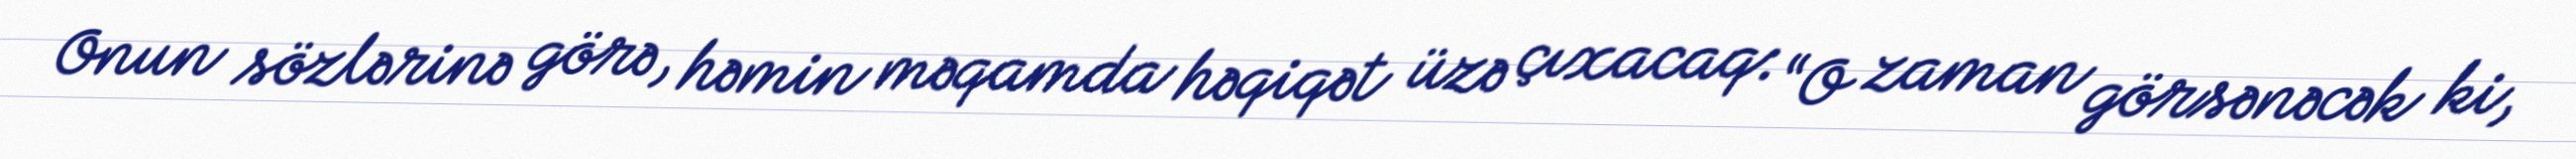
Onun sözlərinə görə, həmin məqamda həqiqət üzə çıxacaq: “O zaman görsənəcək ki,